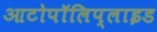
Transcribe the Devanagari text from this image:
आटोपॉलिप्लाइड